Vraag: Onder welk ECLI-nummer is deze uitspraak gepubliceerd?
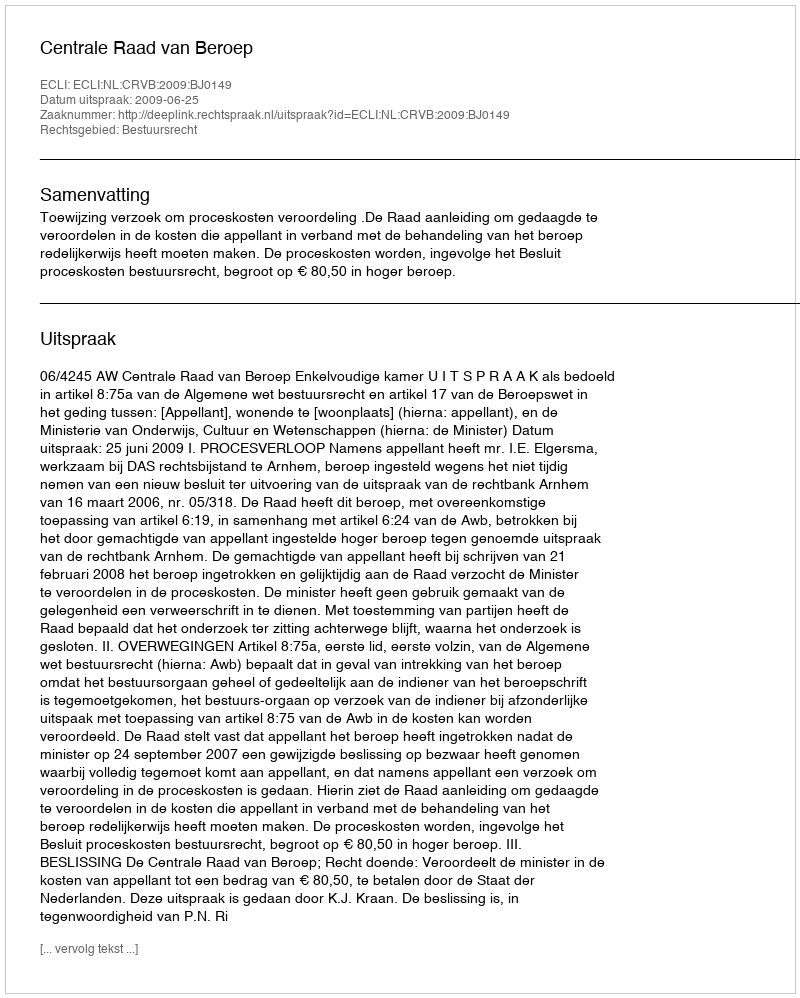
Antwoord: ECLI:NL:CRVB:2009:BJ0149